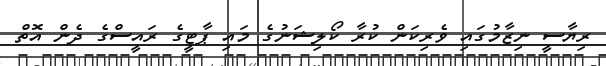
ރިޔާސީ ނިޒާމުގައި ވެރިކަން ކުރާ ކޯލިޝަނުގެ މައި ޕާޓީގެ ރައީސްގެ ދެން އޮތް